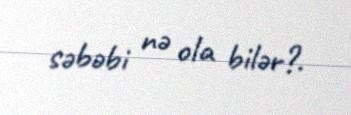
səbəbi nə ola bilər?.